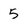
Character: 5